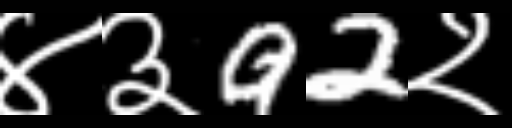
Text: ४३92२